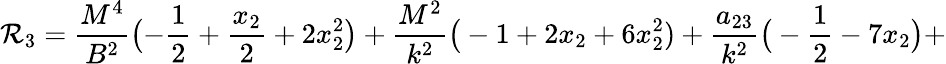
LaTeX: \mathcal{R}_{3}=\frac{{M^{4}}}{{B^{2}}}\bigl(-\frac{{1}}{{2}}+\frac{{x_{2}}}{{2}}+2x_{2}^{2}\bigr)+\frac{{M^{2}}}{{k^{2}}}\big(-1+2x_{2}+6x_{2}^{2})+\frac{{a_{23}}}{{k^{2}}}\big(-\frac{{1}}{{2}}-7x_{2}\big)+